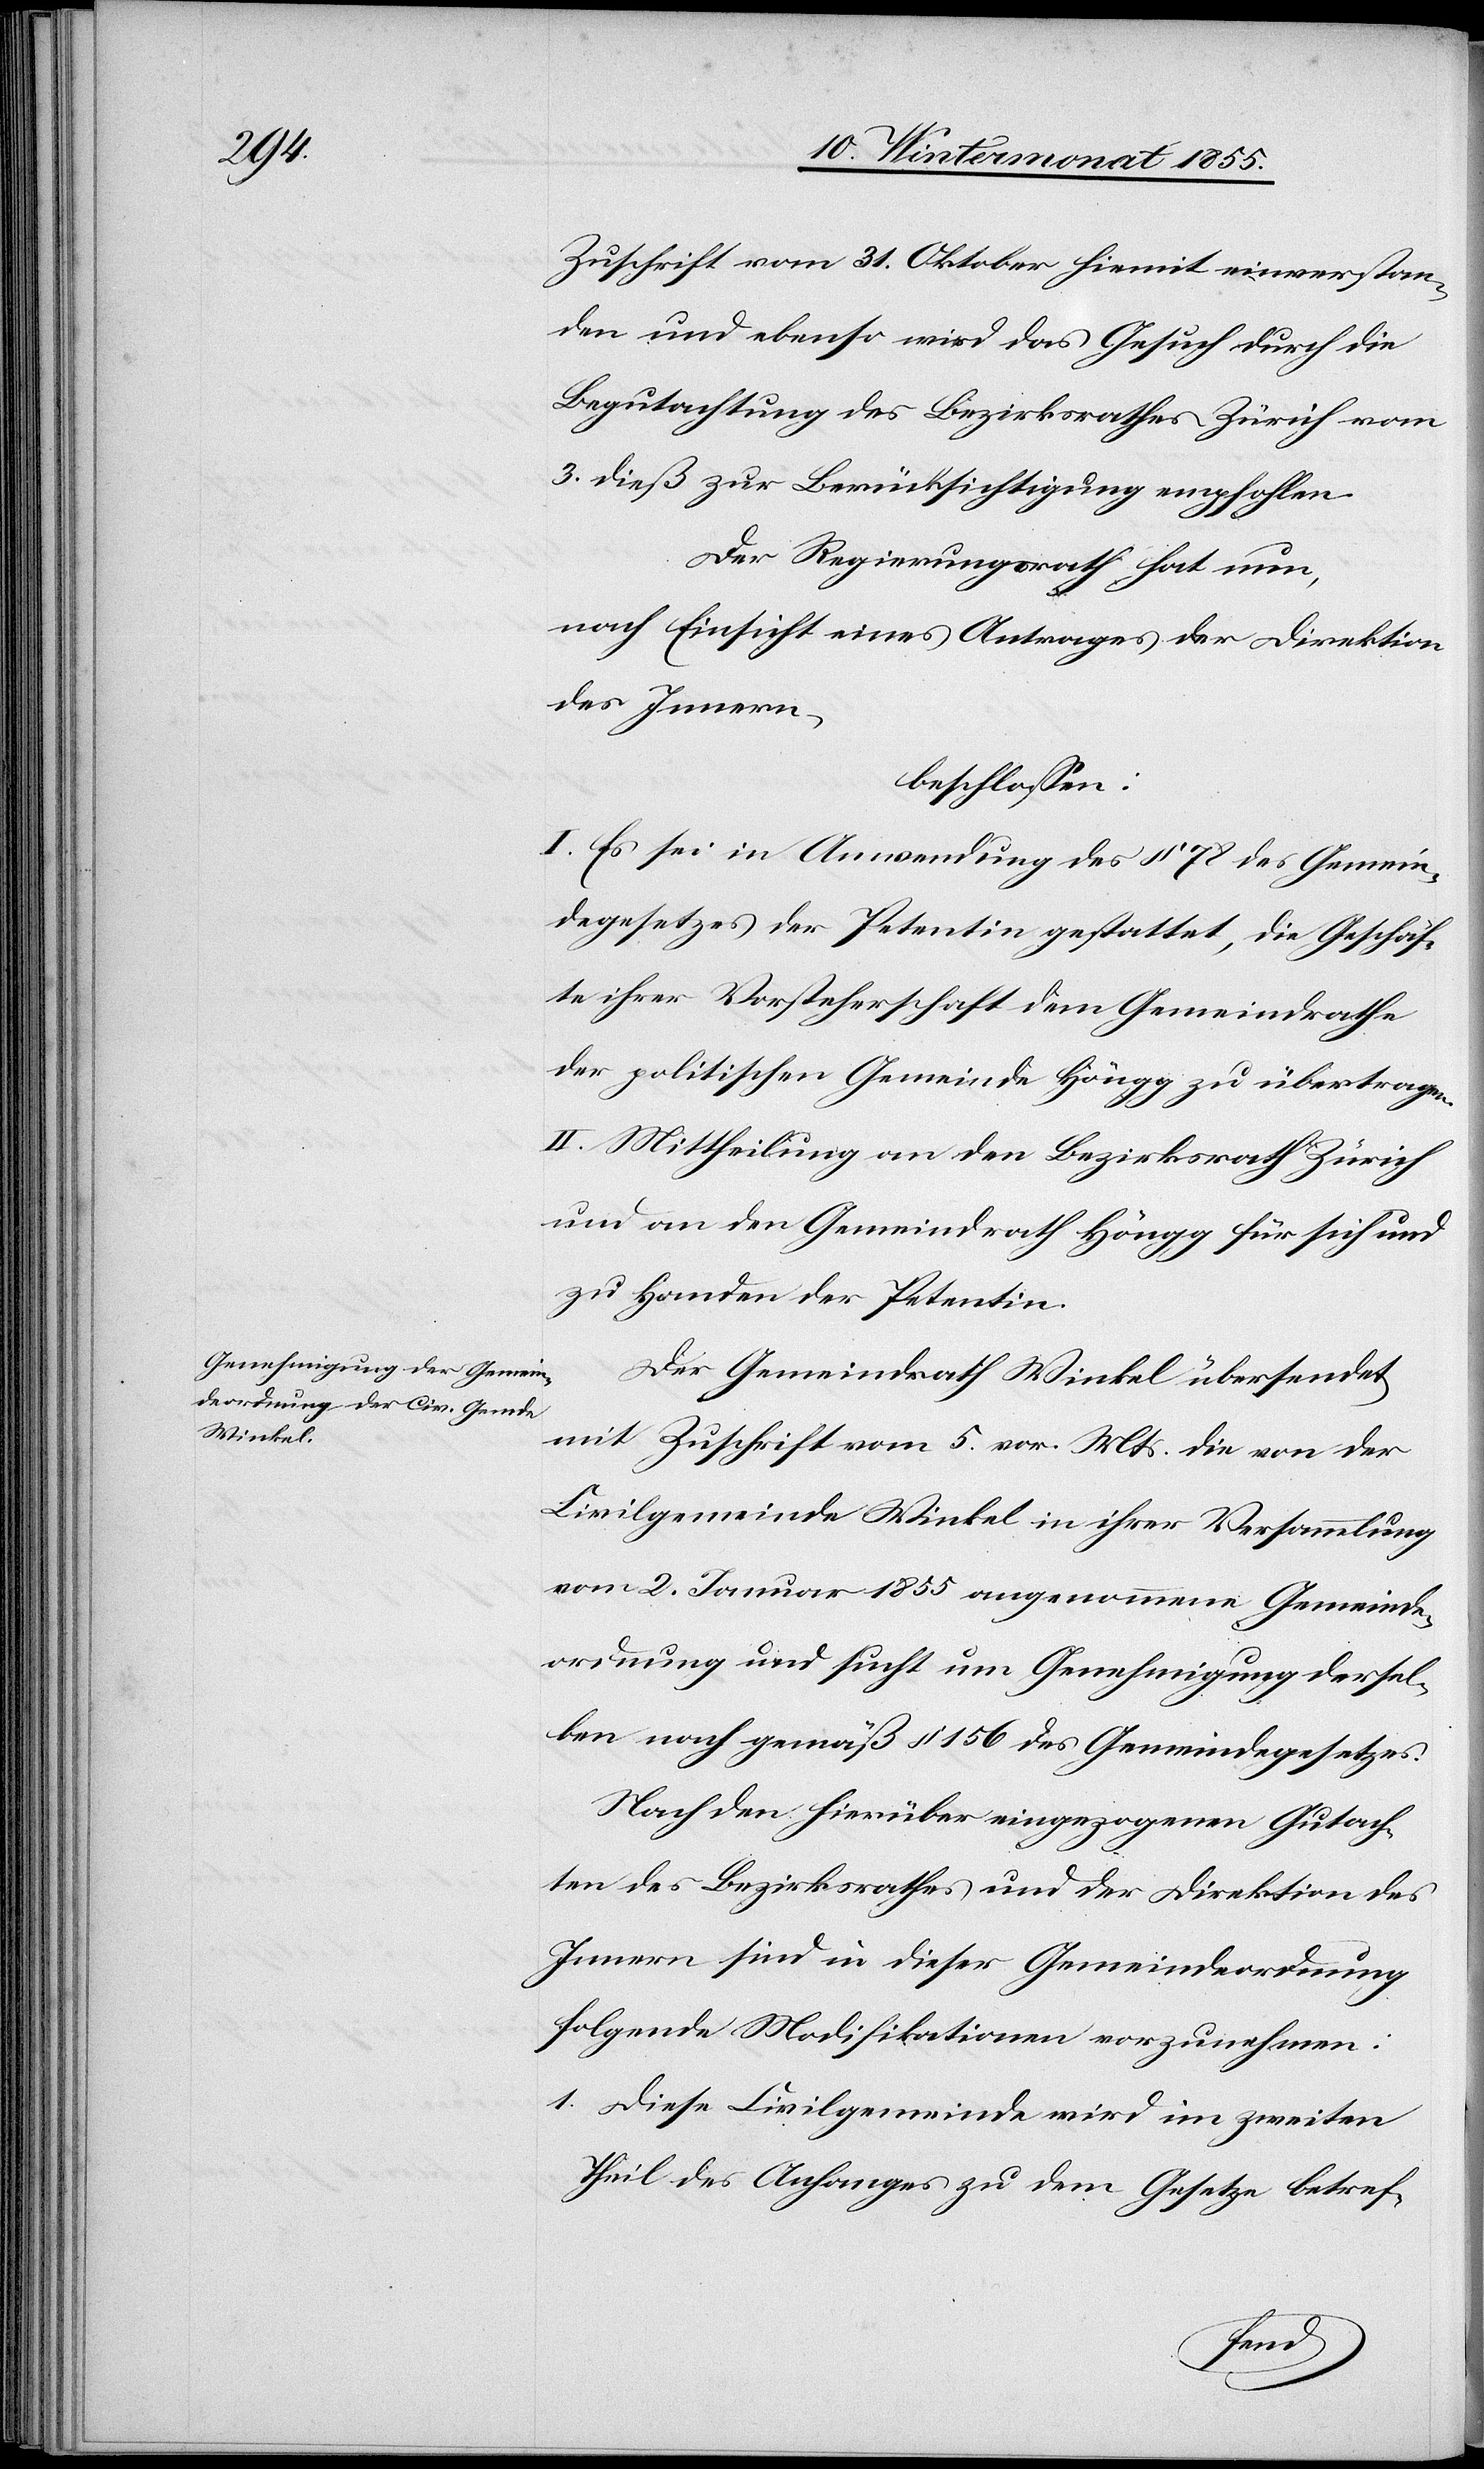
Zuschrift vom 31. Oktober hiemit einverstan¬
den und ebenso wird das Gesuch durch die
Begutachtung des Bezirksrathes Zürich vom
3. dieß zur Berücksichtigung empfohlen.
Der Regierungsrath hat nun,
nach Einsicht eines Antrages der Direktion
des Innern,
beschlossen:
I. Es sei in Anwendung des § 78 des Gemein¬
degesetzes der Petentin gestattet, die Geschäf¬
te ihrer Vorsteherschaft dem Gemeindrathe
der politischen Gemeinde Höngg zu übertragen.
II. Mittheilung an den Bezirksrath Zürich
und an den Gemeindrath Höngg für sich und
zu Handen der Petentin.
Der Gemeindrath Winkel übersendet
mit Zuschrift vom 5. vor. Mts. die von der
Civilgemeinde Winkel in ihrer Versammlung
vom 2. Januar 1855 angenommene Gemeinde¬
ordnung und sucht um Genehmigung dersel¬
ben nach gemäß § 156 des Gemeindegesetzes.
Nach den hierüber eingezogenen Gutach¬
ten des Bezirksrathes und der Direktion des
Innern sind in dieser Gemeindeordnung
folgende Modifikationen vorzunehmen:
Diese Civilgemeinde wird im zweiten
Theil des Anhanges zu dem Gesetze betref-